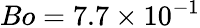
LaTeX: Bo=7.7\times 10^{-1}